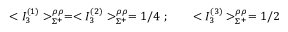
< { I } _ { 3 } ^ { ( 1 ) } > _ { \Sigma ^ { + } } ^ { \rho \rho } = < { I } _ { 3 } ^ { ( 2 ) } > _ { \Sigma ^ { + } } ^ { \rho \rho } = 1 / 4 \ ; \qquad < { I } _ { 3 } ^ { ( 3 ) } > _ { \Sigma ^ { + } } ^ { \rho \rho } = 1 / 2